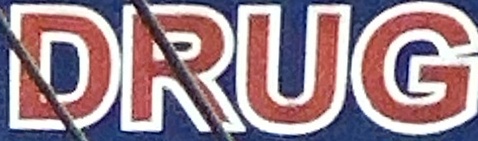
DRUG